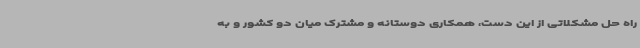
راه حل مشکلاتی از این دست، همکاری دوستانه و مشترک میان دو کشور و به